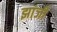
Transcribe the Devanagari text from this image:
झांजी